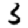
Digit: 3